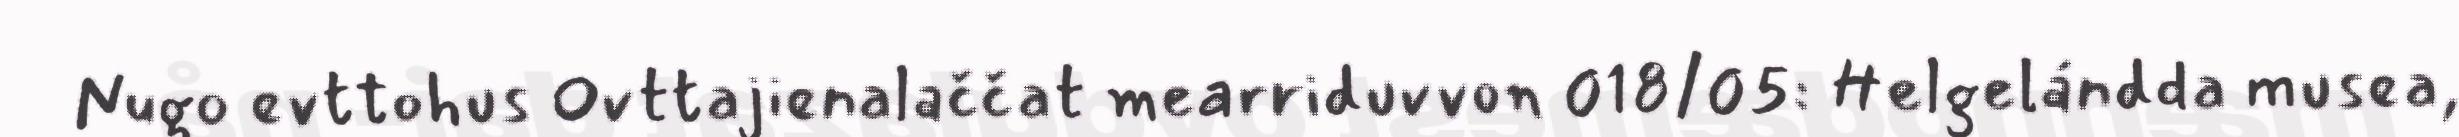
Nugo evttohus Ovttajienalaččat mearriduvvon 018/05: Helgelándda musea,